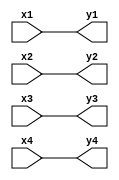
// This program was cloned from: https://github.com/asicsforthemasses/LunaPnR
// License: GNU General Public License v3.0

// test to verify assign statements

module testmodule(x1,x2,x3,x4,y1,y2,y3,y4);

input x1;
input x2;
input x3;
input x4;
output y1;
output y2;
output y3;
output y4;

assign y1 = x1;
assign y2 = x2;
assign y3 = x3;
assign y4 = x4;

endmodule